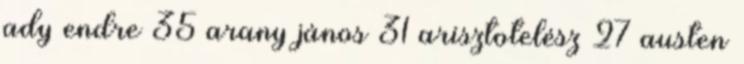
ady endre 35 arany jános 31 arisztotelész 27 austen